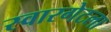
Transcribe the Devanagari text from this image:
स्वारगेटला